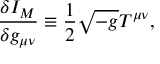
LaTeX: \frac { \delta I _ { M } } { \delta g _ { \mu \nu } } \equiv \frac { 1 } { 2 } \sqrt { - g } T ^ { \mu \nu } ,